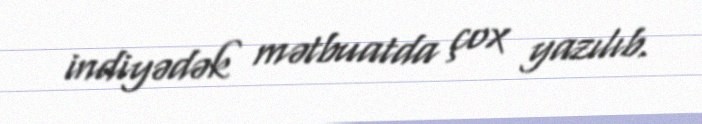
indiyədək mətbuatda çox yazılıb.